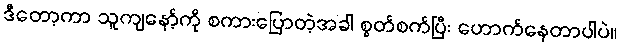
ဒီတော့ကာ သူကျနော့်ကို စကားပြောတဲ့အခါ စွတ်စက်ပြီး ဟောက်နေတာပါပဲ။